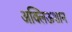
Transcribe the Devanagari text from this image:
अक्लिऊशान